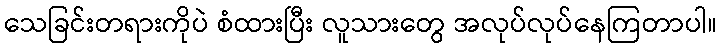
သေခြင်းတရားကိုပဲ စံထားပြီး လူသားတွေ အလုပ်လုပ်နေကြတာပါ။